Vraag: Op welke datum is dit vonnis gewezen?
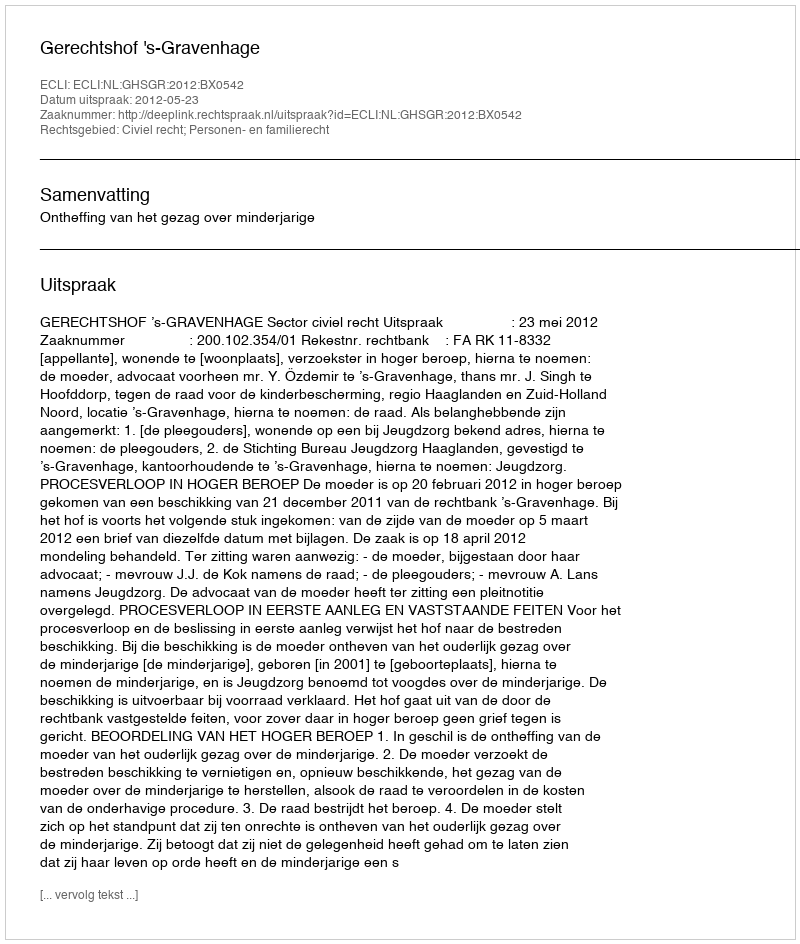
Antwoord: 2012-05-23